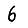
Digit: 6